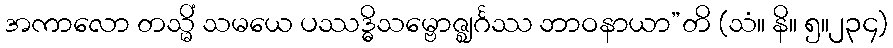
အကာလော တသ္မိံ သမယေ ပဿဒ္ဓိသမ္ဗောဇ္ဈင်္ဂဿ ဘာဝနာယာ”တိ (သံ။ နိ။ ၅။၂၃၄)